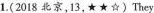
1.(2018 北京,13,★★☆)They